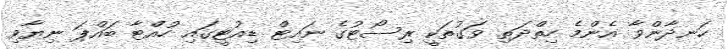
ހަނދާންވާ އެންމެ ހިތްދަތި ވަގުތަކީ ރިސޯޓުގެ ނައިޓް ޑިއުޓީގައި ހުއްޓާ ބައްޕަ ނިޔާވި